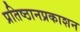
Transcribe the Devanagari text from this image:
प्रतिष्ठानप्रकाशन